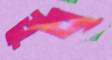
ডুব্